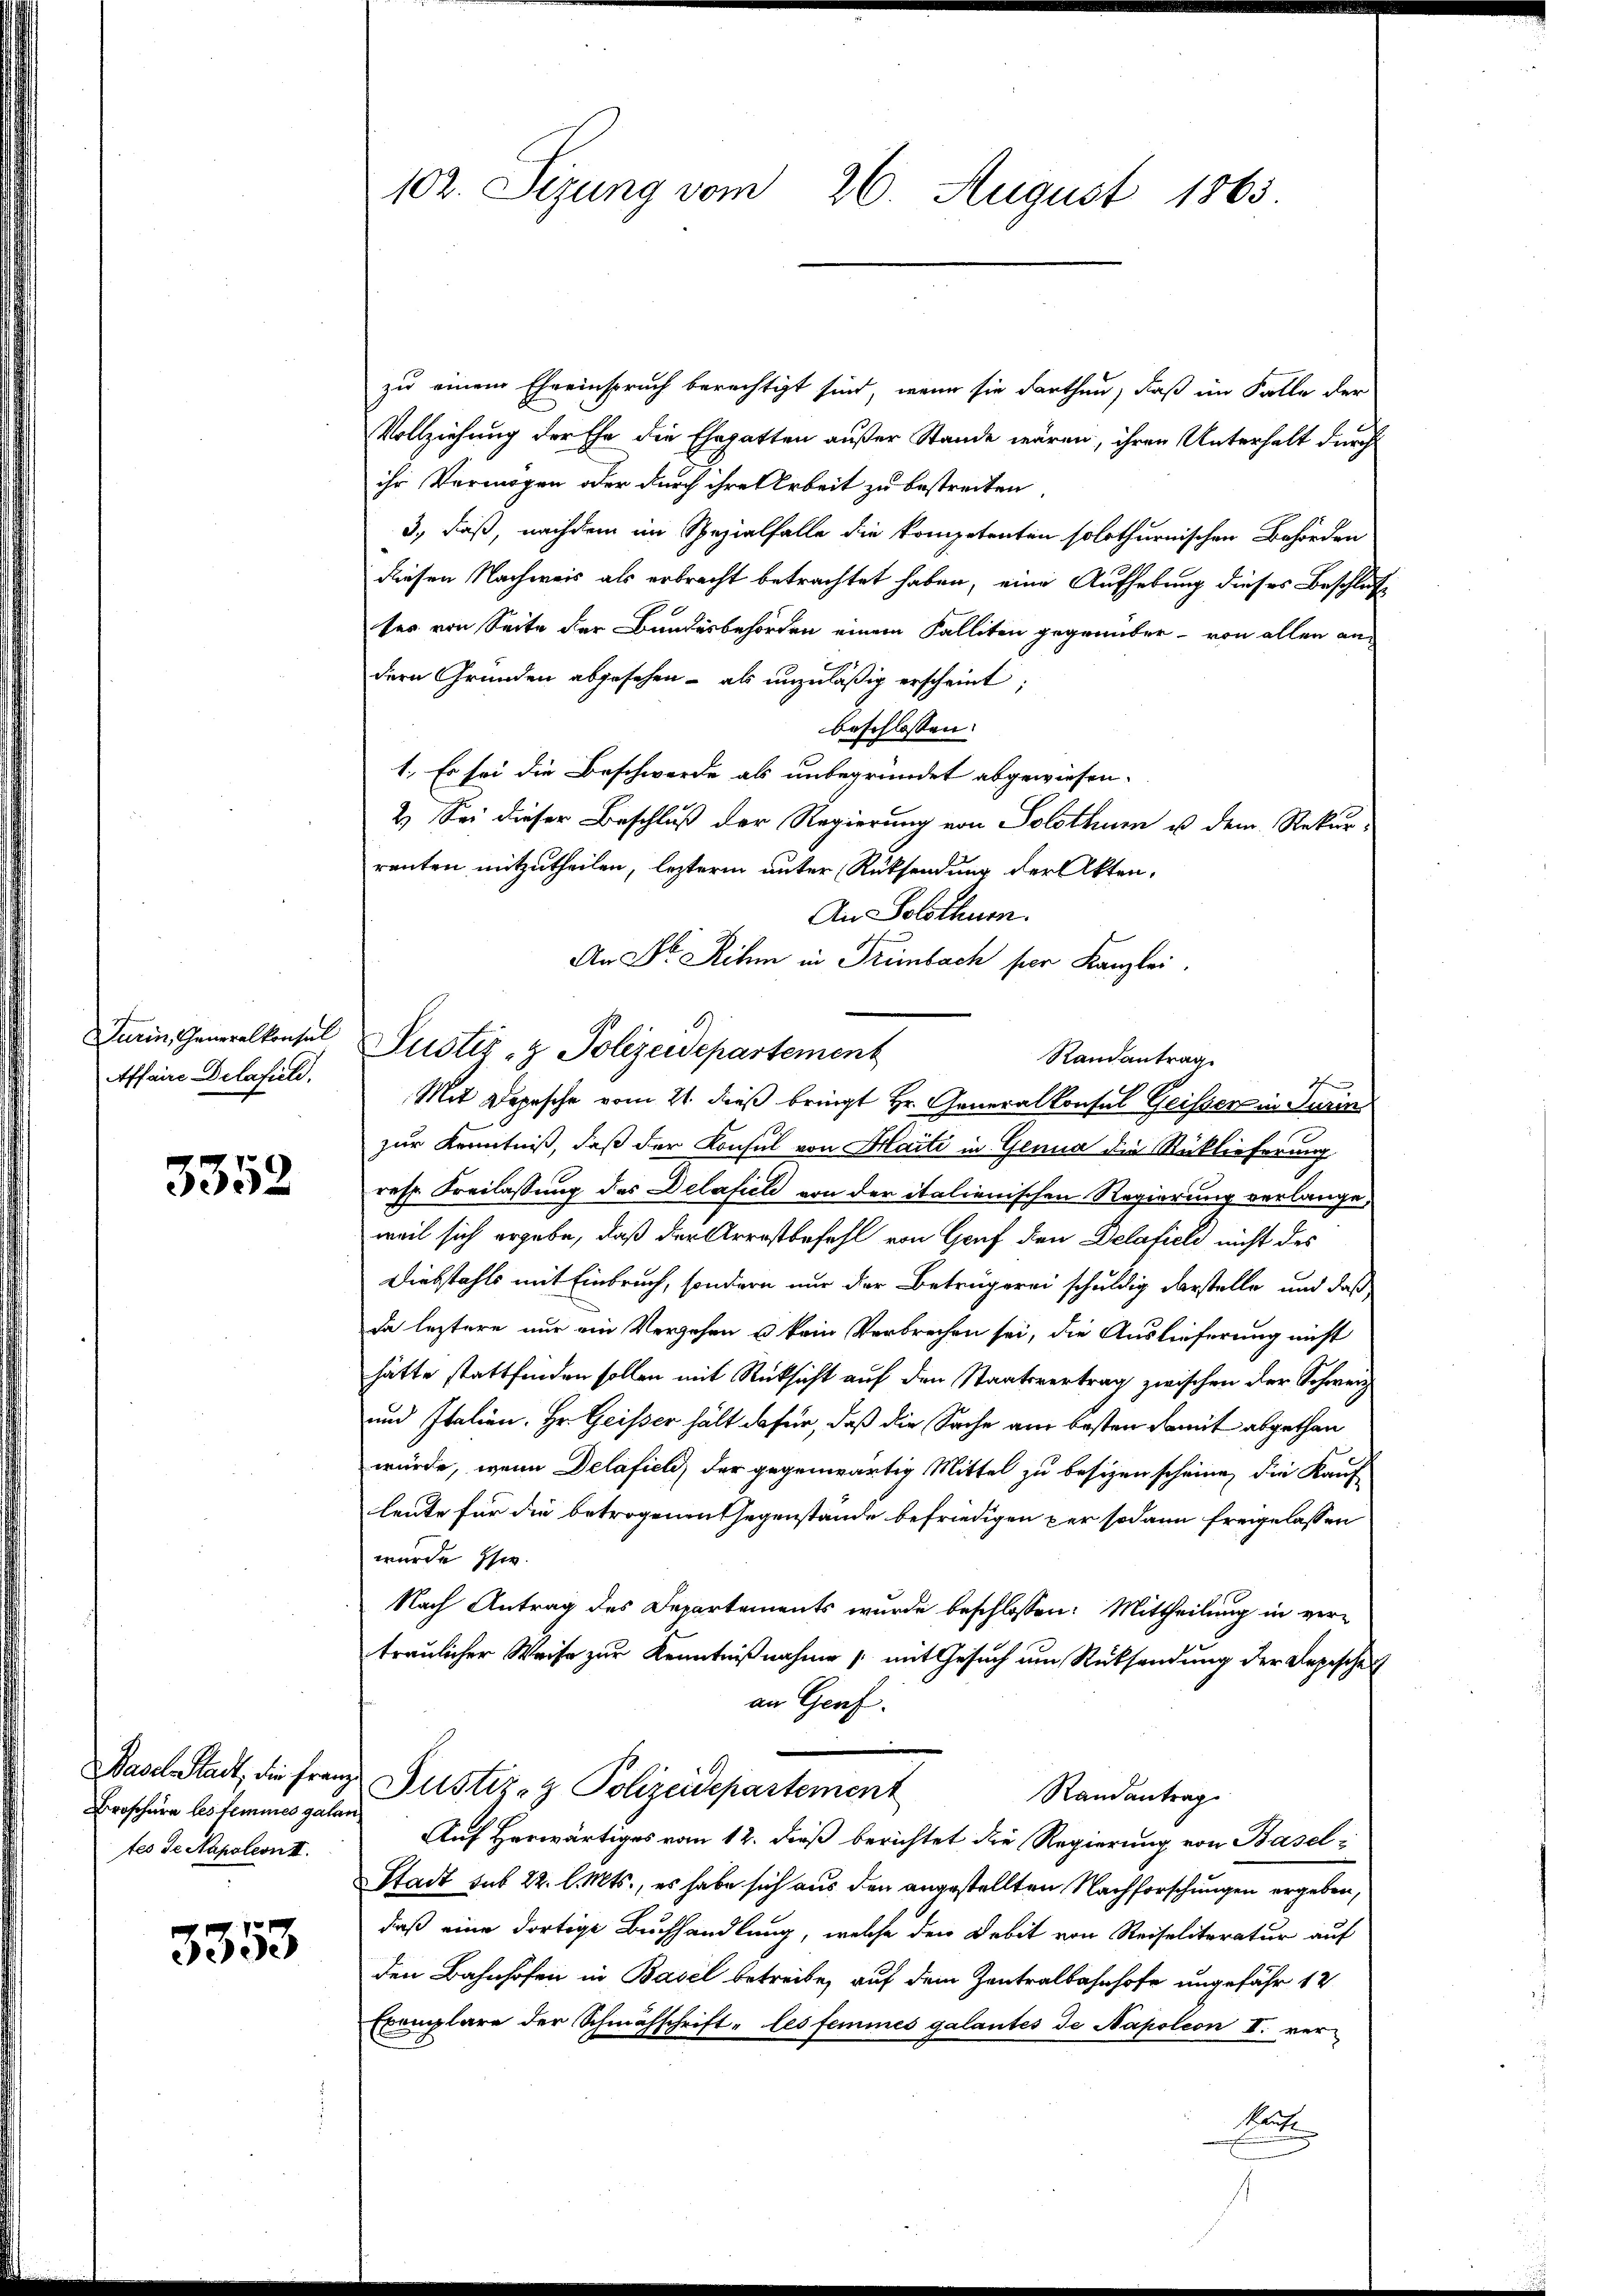
Turin, Generalkonsul
Affaire Delafuld.

3352

Basel-Stadt, die Franz
Broschern les femmes galan
tes de Napoleon II.

3353

102. Sizung vom 26. August 1865.

zu einem Eheeinspruch berechtigt sind, wenn sie darthan, daß im Falle der
Vollziehung der Ehe die Ehegatten außer Stande wären, ihren Unterhalt durch
ihr Vermögen oder durch ihre Arbeit zu bestreiten
3., daß, nachdem im Spezialfalle die kompetenten solothurnischen Behörden
diesen Nachweis als erbracht betrachtet haben, eine Aufhebung dieses Beschluß
ter von Seite der Bundesbehörden einem Falliten gegenüber - von allen andern Gründen abgesehen - als unzuläßig erscheint
beschlossen:
1. Es sei die Beschwerde als unbegründet abgewiesen.
2.) Sei dieser Beschluß der Regierung von Solothur u dem Rekurrenten mitzutheilen, leztere unter Rücksendung der Akten.
An Solothurn.
An Dr. Rihm in Trimbach per Kanzlei.
Justiz- & Polizeidepartement
1
Mit Depesche vom 21. dieß bringt Hr. Generalkonsul Geisser in Turin
zur Kenntniß, daß der Konsul von Haiti in Genua die Rücklieferung
resp. Freilassung des Delafiel von der italienischen Regierung verlange
weil sich ergabe, daß der Arrestbefahl von Graf den Delafield nicht des
Diebstahls mit Einbruch, sondern nur der Betrugerei schuldig darstelle und daß
da leztere nur ein Verzehen u kein Verbrechen sei, die Auslieferung nicht
hätte stattfinden sollen mit Rücksicht auf den Staatsvertrag zwischen der Schweiz
und Italien. Hr. Geisser hält dafür, daß die Sache am besten damit abgethan
würde, wenn Delafiel, der gegenwärtig Mittel zu besizen scheine, die Kauf-
leute für die betrogenen Gegenstände befriedigen per sodann freigelassen
wurde schw
Nach Antrag des Departements wurde beschlossen: Mittheilung in ver-
traulicher Weise zur Kenntnißnahme /: mit Gesuch um Rücksendung der Depeschen
an Genf.
Justiz- & Polizeidepartement
Randantrag
Auf Herwärtiges vom 12. dieß berichtet die Regierung von Basel¬
Stadt sub 22. l. Mts., es habe sich aus den angestellten Nachforschungen ergeben,
daß eine dortige Buchhandlung, welche den Debit von Reiseliteratur auf
den Bahnhofen in Basel betreibe, auf dem Zentralbahnhofe ungefähr 12
mplare der Schmähschrift les femines galantes de Napoleon II. ver
Fa

Randantrag